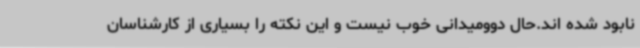
نابود شده اند.حال دوومیدانی خوب نیست و این نکته را بسیاری از کارشناسان